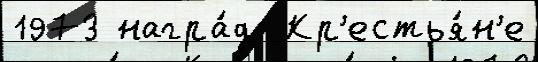
1973 награ́д  Кр'естья́н'е